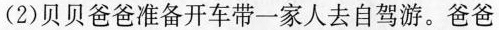
(2)贝贝爸爸准备开车带一家人去自驾游。爸爸